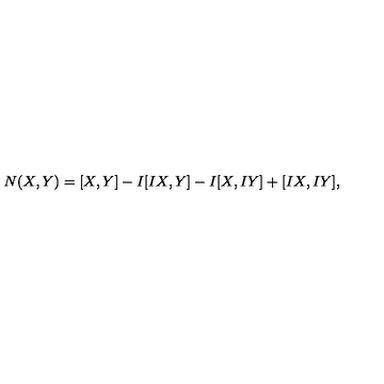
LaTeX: N ( X , Y ) = [ X , Y ] - I [ I X , Y ] - I [ X , I Y ] + [ I X , I Y ] ,